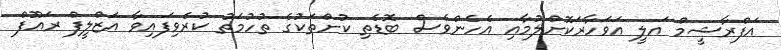
އަފްރާޝީމް އަލީ އަވަހާރަކޮށްލުމާއި އެހެންވެސް ބޮޑެތި ކުށްތަކުގެ ތުހުމަތު ކުރެވިފައިވާ އަޒްލީފް ރައޫފް